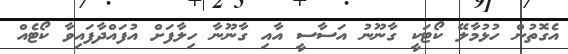
އެގޮތުން ހުޅުމާލޭ ކޯޓަކީ ގާނޫނު އަސާސީ އާއި ގާނޫނާ ހިލާފަށް އުފައްދާފައިވާ ކޯޓެއް